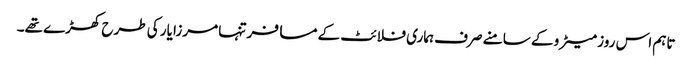
تاہم اس روز میٹرو کے سامنے صرف ہماری فلائٹ کے مسافر تنہا مرزا یار کی طرح کھڑے تھے۔